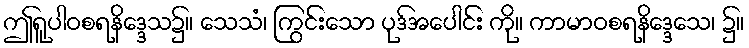
ဤရူပါဝစရနိဒ္ဒေသ၌။ သေသံ၊ ကြွင်းသော ပုဒ်အပေါင်း ကို။ ကာမာဝစရနိဒ္ဒေသေ၊ ၌။